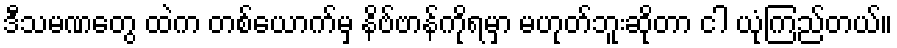
ဒီသမဏတွေ ထဲက တစ်ယောက်မှ နိဗ်ဗာန်ကိုရမှာ မဟုတ်ဘူးဆိုတာ ငါ ယုံကြည်တယ်။